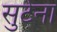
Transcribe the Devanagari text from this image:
सुटेना